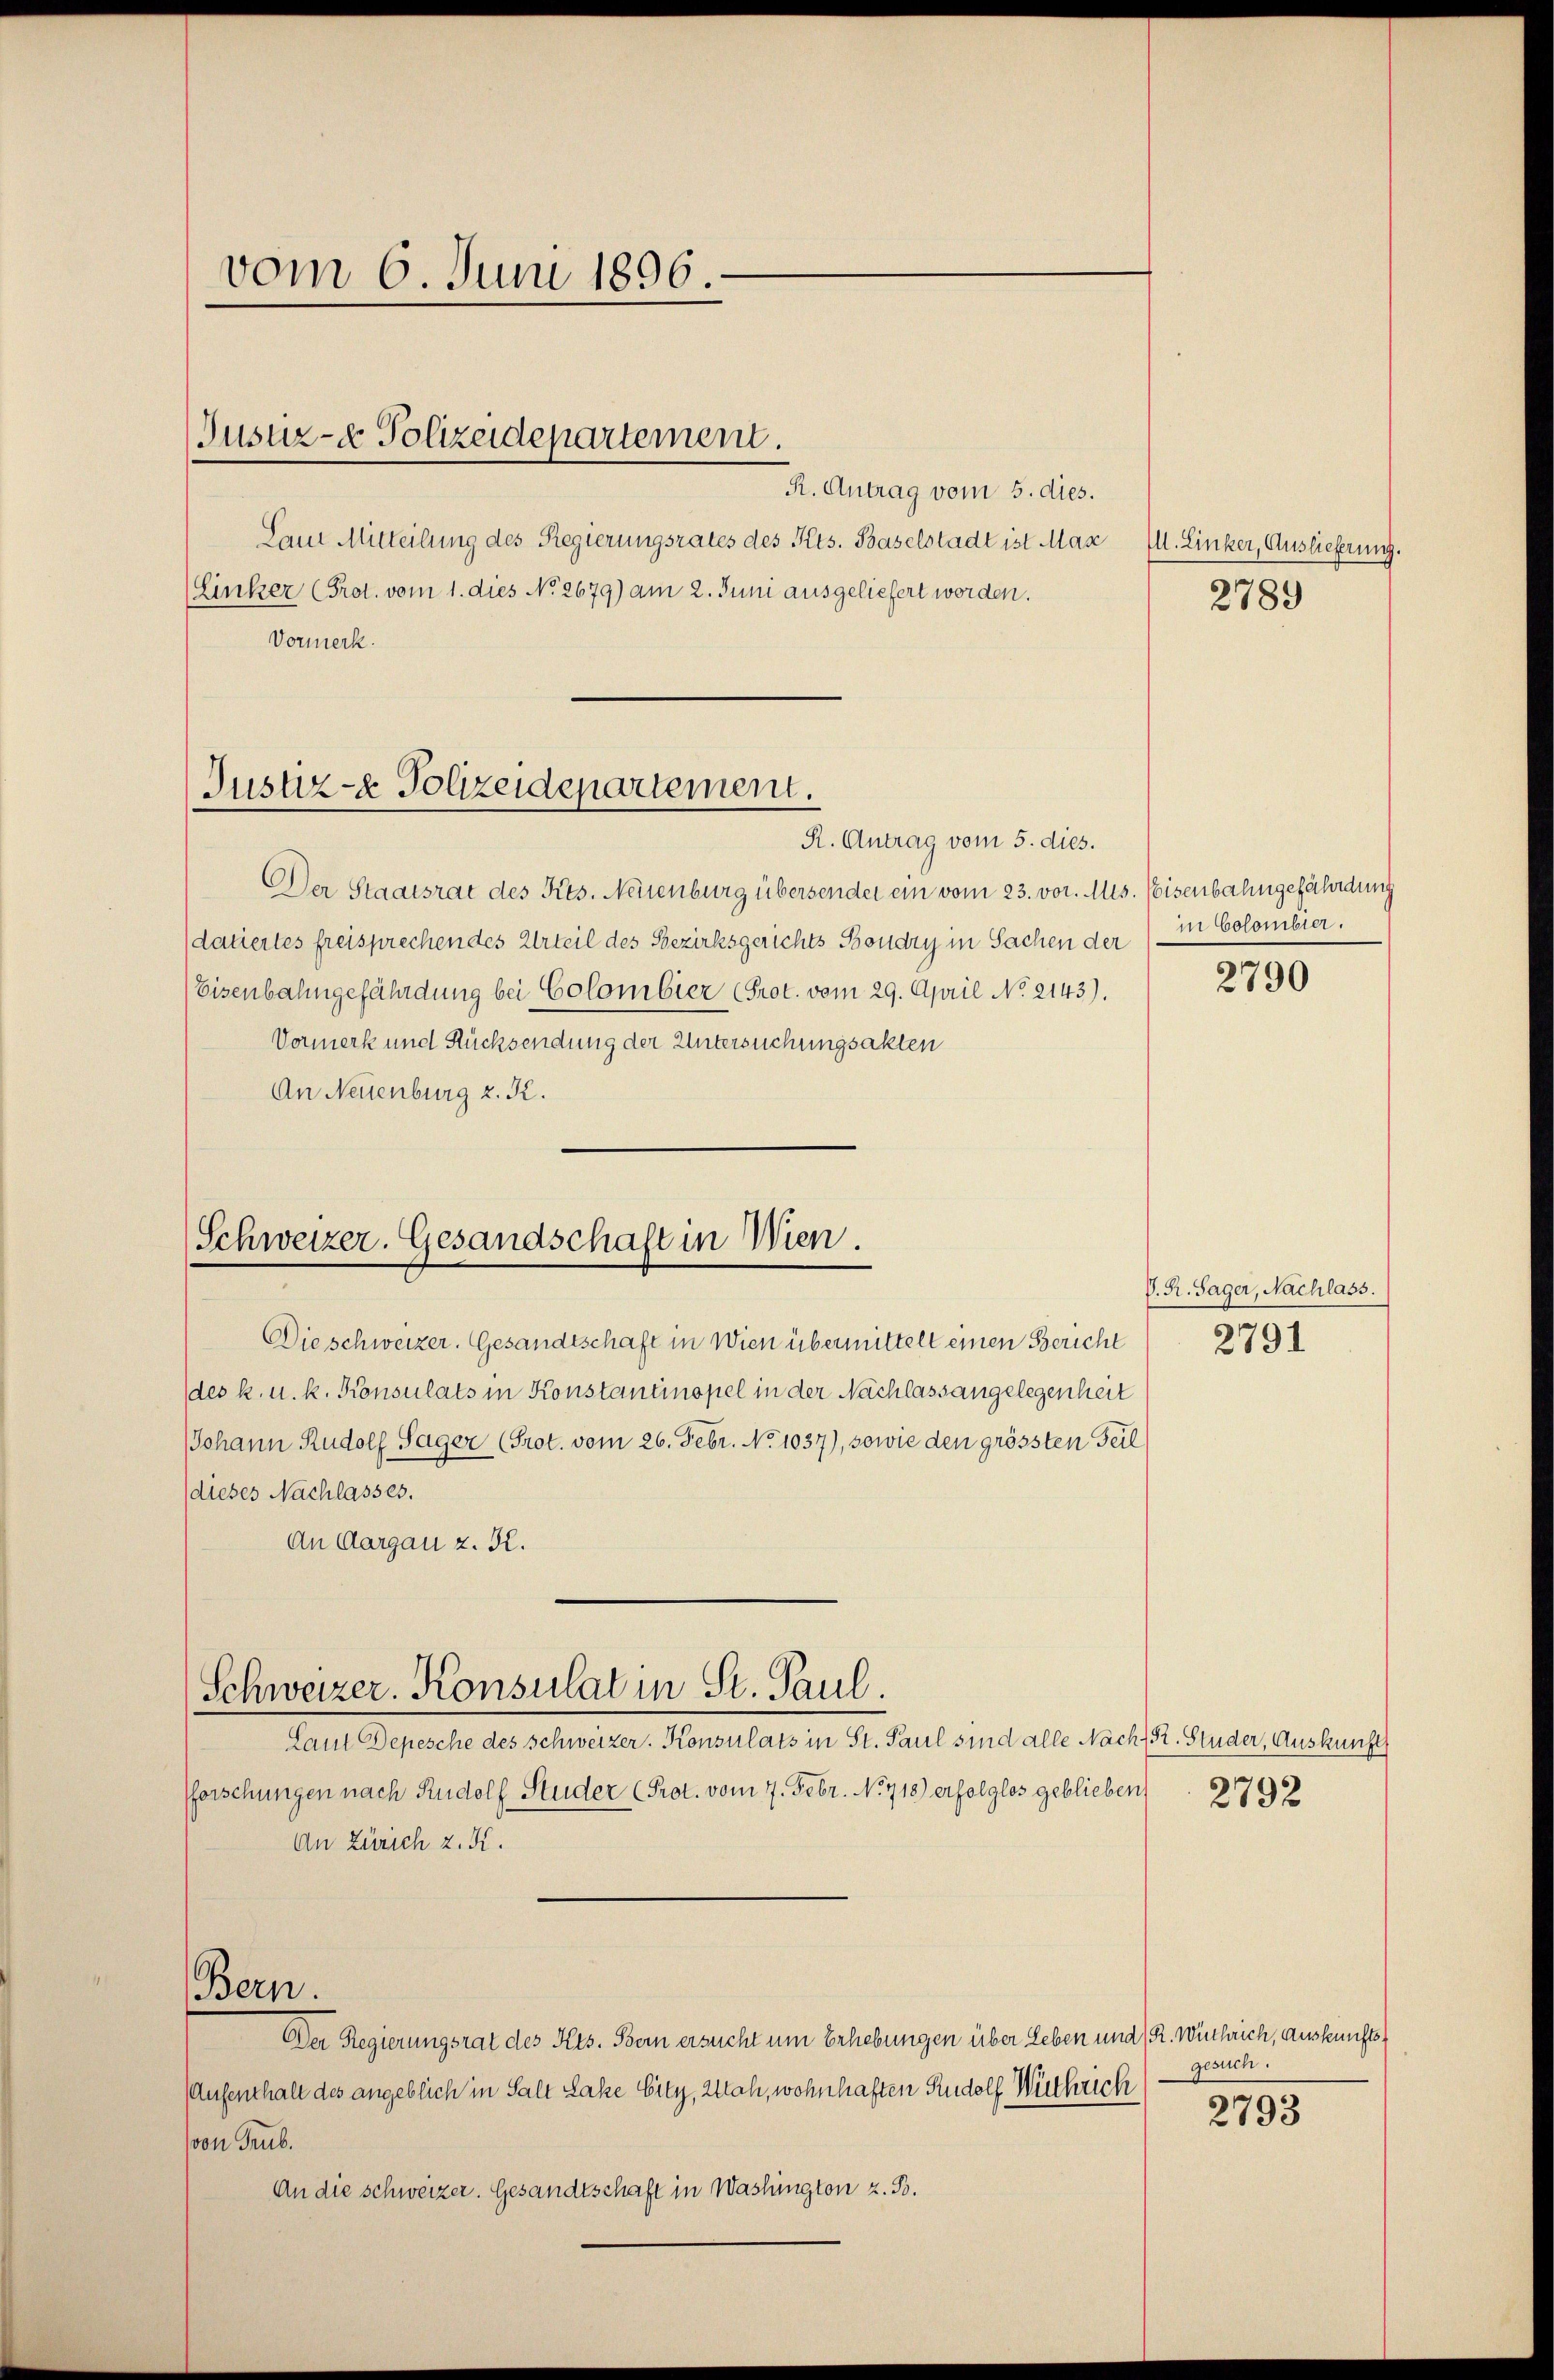
vom 6. Juni 1896

(Finker (Prot. vom 1. dies No 2679) am 2. Juni ausgeliefert worden.
Vormerk.

Jusur- & Polizeidepartement.

R. Antrag vom 5. dies.
Laut Mitteilung des Regierungsrates des Kts. Baselstadt ist Max Ill. Linker, Auslieferung.
R. Antrag vom 5. dies.
Der Staatsrat des Kts. Neuenburg übersendet ein vom 23. vor. Mts. Eisenbahngefährdung
datiertes freisprechen des Urteil des Bezirksgerichts Boudry in Sachen der
Eisenbahngefährdung bei Colombier (Prot. vom 29. April No 2143).
Vormerk und Rücksendung der Untersuchungsakten
An Neuenburg z. K.

Justiz- & Polizeidepartement.

Schweizer. Gesandschaft in Wien.

Die schweizer. Gesandtschaft in Wien übermittelt einen Bericht
Ides k. u. k. Konsulats in Konstantinopel in der Nachlass angelegenheit
Johann Rudolf Sager (Prot. vom 26. Febr. No. 1037), sowie den grössten Teil
(dieses Nachlasses.
An Aargau z. K.
Laut Depesche des Schweizer. Konsulats in St. Paul sind alle Nach Pr. Studer, Auskunft
forschungen nach Rudolf Studer (Prot. vom 7. Febr. No 718) erfolglos geblieben. 2793
An Zürich z. K.
Bern.
Der Regierungsrat des Kts. Bern ersucht um Erhebungen über Leben und 1 R. Wirthrich, Auskunfts¬
Aufenthalt des angeblich in Salt Lake Eity, Stah, wohnhaften Rudolf Wüthrich
von Trub.
An die schweizer. Gesandtschaft in Washington z. B.

Schweizer. Konsulat in St. Paul.

2789

in Colombier.

2790

V. R. Sager, Nachlass.
2791

gesuch.

2793